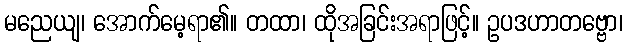
မညေယျ၊ အောက်မေ့ရာ၏။ တထာ၊ ထိုအခြင်းအရာဖြင့်။ ဥပဒဟာတဗ္ဗော၊